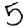
Digit: 5